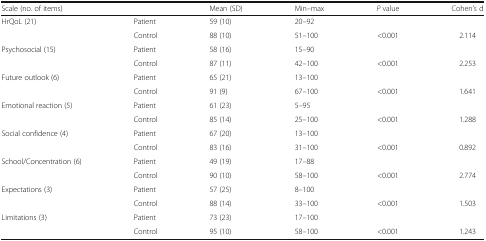
| Scale (no. of items) |  | Mean (SD) | Min–max | P value | Cohen’s d |
 | --- | --- | --- | --- | --- | --- |
 | <ROWSPAN=2> HrQoL (21) | Patient | 59 (10) | 20–92 |  |  |
 | Control | 88 (10) | 51–100 | <0.001 | 2.114 |
 | <ROWSPAN=2> Psychosocial (15) | Patient | 58 (16) | 15–90 |  |  |
 | Control | 87 (11) | 42–100 | <0.001 | 2.253 |
 | <ROWSPAN=2> Future outlook (6) | Patient | 65 (21) | 13–100 |  |  |
 | Control | 91 (9) | 67–100 | <0.001 | 1.641 |
 | <ROWSPAN=2> Emotional reaction (5) | Patient | 61 (23) | 5–95 |  |  |
 | Control | 85 (14) | 25–100 | <0.001 | 1.288 |
 | <ROWSPAN=2> Social confidence (4) | Patient | 67 (20) | 13–100 |  |  |
 | Control | 83 (16) | 31–100 | <0.001 | 0.892 |
 | <ROWSPAN=2> School/Concentration (6) | Patient | 49 (19) | 17–88 |  |  |
 | Control | 90 (10) | 58–100 | <0.001 | 2.774 |
 | <ROWSPAN=2> Expectations (3) | Patient | 57 (25) | 8–100 |  |  |
 | Control | 88 (14) | 33–100 | <0.001 | 1.503 |
 | <ROWSPAN=2> Limitations (3) | Patient | 73 (23) | 17–100 |  |  |
 | Control | 95 (10) | 58–100 | <0.001 | 1.243 |